Lunatic asylums Madras 1892-1911 - 1892-1911
Year: 1892
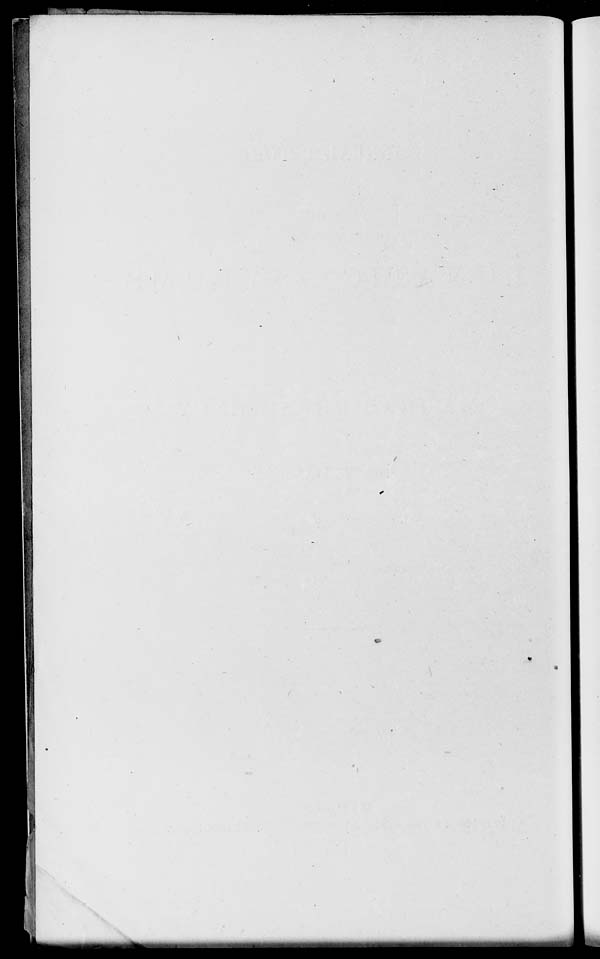
w